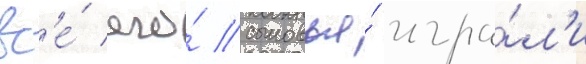
вс'е́ его́ сыновья́ игра́л'и